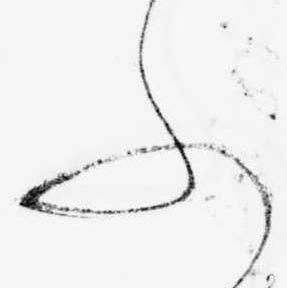
ふ